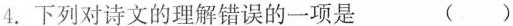
4.下列对诗文的理解错误的一项是 （）